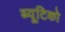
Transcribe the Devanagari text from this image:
ब्यूटिको